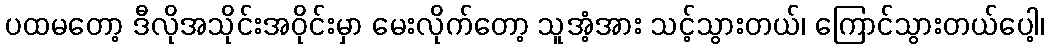
ပထမတော့ ဒီလိုအသိုင်းအဝိုင်းမှာ မေးလိုက်တော့ သူအံ့အား သင့်သွားတယ်၊ ကြောင်သွားတယ်ပေါ့၊